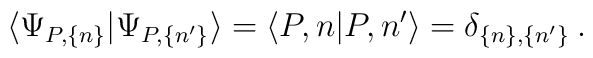
\langle\Psi_{P,\{n\}}|\Psi_{P,\{n'\}}\rangle=\langle P,n|P,n'\rangle=\delta_{\{n\},\{n'\}}\:.